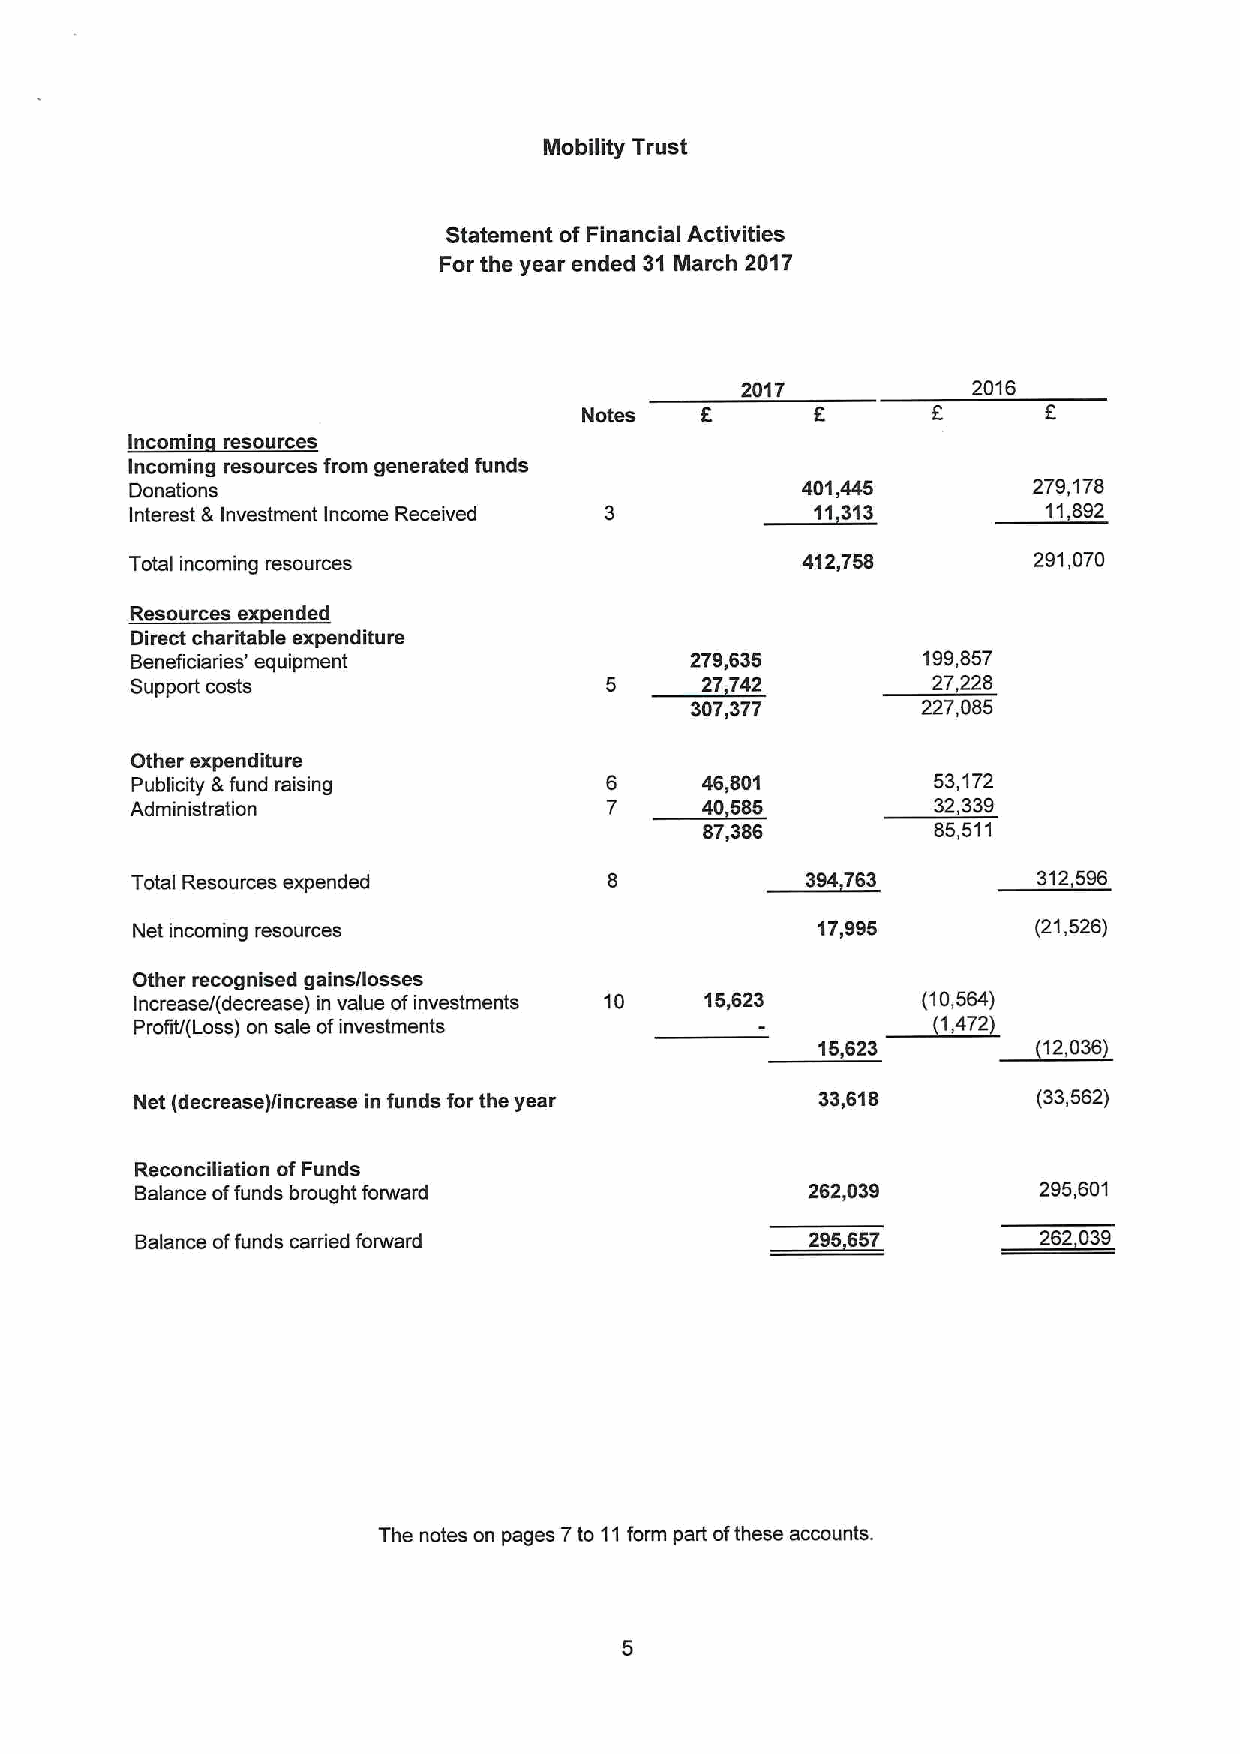
Mobility Trust
 Statement of Financial Activities
 For the year ended 31 March 2017
 2017           2016
 Notes
 Incomin resources
 Incoming resources from generated funds
 Donations                                   401,445        279,178
 Interest 8 Investment Income Received        11313          11,892
 Total incoming resources                    412,758        291,070
 Resources ex ended
 Direct charitable expenditure
 Beneficiaries' equipment             279,635        199,857
 Support costs                  5     27742           27228
 307,377        227,085
 Other expenditure
 Publicity 6 fund raising       6     46,801          53,172
 Administration                 7     40 505          32,339
 07,386          85,511
 Total Resources expended                    304783          3125!5!
 Net incoming resources                       17,995         (21,526)
 Other recognised gains/losses
 Increase/(decrease) in value ofinvestments 10 15,623 (10,554)
 Profit/(Loss) on sale ofinvestments                  (1,472)
 15,623         (12,036)
 Net (decrease)/increase in funds for the year 33,618        (33,552)
 Reconciliation ofFunds
 Balance offunds brought forward              262,039        295,501
 Balance offunds carried forward              205 657        262,039
 The notes on pages 7to 11form part ofthese accounts.